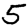
Digit: 5